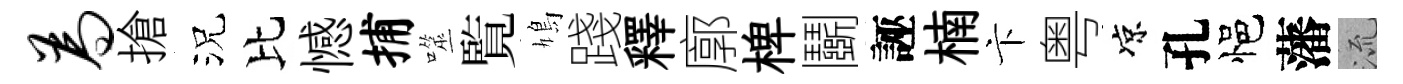
为搶況比憾捕噬覧鳩踐釋廓椑鬬誣楠卞粤凉孔悒藩𣴑